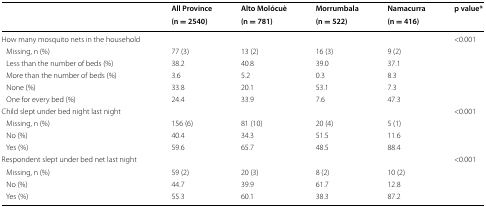
<table><thead><tr><td rowspan="2"></td><td><b>All Province</b></td><td><b>Alto Molócuè</b></td><td><b>Morrumbala</b></td><td><b>Namacurra</b></td><td rowspan="2"><b>p value*</b></td></tr><tr><td><b>(n = 2540)</b></td><td><b>(n = 781)</b></td><td><b>(n = 522)</b></td><td><b>(n = 416)</b></td></tr></thead><tbody><tr><td>How many mosquito nets in the household</td><td></td><td></td><td></td><td></td><td>&lt;0.001</td></tr><tr><td> Missing, n (%)</td><td>77 (3)</td><td>13 (2)</td><td>16 (3)</td><td>9 (2)</td><td></td></tr><tr><td> Less than the number of beds (%)</td><td>38.2</td><td>40.8</td><td>39.0</td><td>37.1</td><td></td></tr><tr><td> More than the number of beds (%)</td><td>3.6</td><td>5.2</td><td>0.3</td><td>8.3</td><td></td></tr><tr><td> None (%)</td><td>33.8</td><td>20.1</td><td>53.1</td><td>7.3</td><td></td></tr><tr><td> One for every bed (%)</td><td>24.4</td><td>33.9</td><td>7.6</td><td>47.3</td><td></td></tr><tr><td>Child slept under bed night last night</td><td></td><td></td><td></td><td></td><td>&lt;0.001</td></tr><tr><td> Missing, n (%)</td><td>156 (6)</td><td>81 (10)</td><td>20 (4)</td><td>5 (1)</td><td></td></tr><tr><td> No (%)</td><td>40.4</td><td>34.3</td><td>51.5</td><td>11.6</td><td></td></tr><tr><td> Yes (%)</td><td>59.6</td><td>65.7</td><td>48.5</td><td>88.4</td><td></td></tr><tr><td>Respondent slept under bed net last night</td><td></td><td></td><td></td><td></td><td>&lt;0.001</td></tr><tr><td> Missing, n (%)</td><td>59 (2)</td><td>20 (3)</td><td>8 (2)</td><td>10 (2)</td><td></td></tr><tr><td> No (%)</td><td>44.7</td><td>39.9</td><td>61.7</td><td>12.8</td><td></td></tr><tr><td> Yes (%)</td><td>55.3</td><td>60.1</td><td>38.3</td><td>87.2</td><td></td></tr></tbody></table>